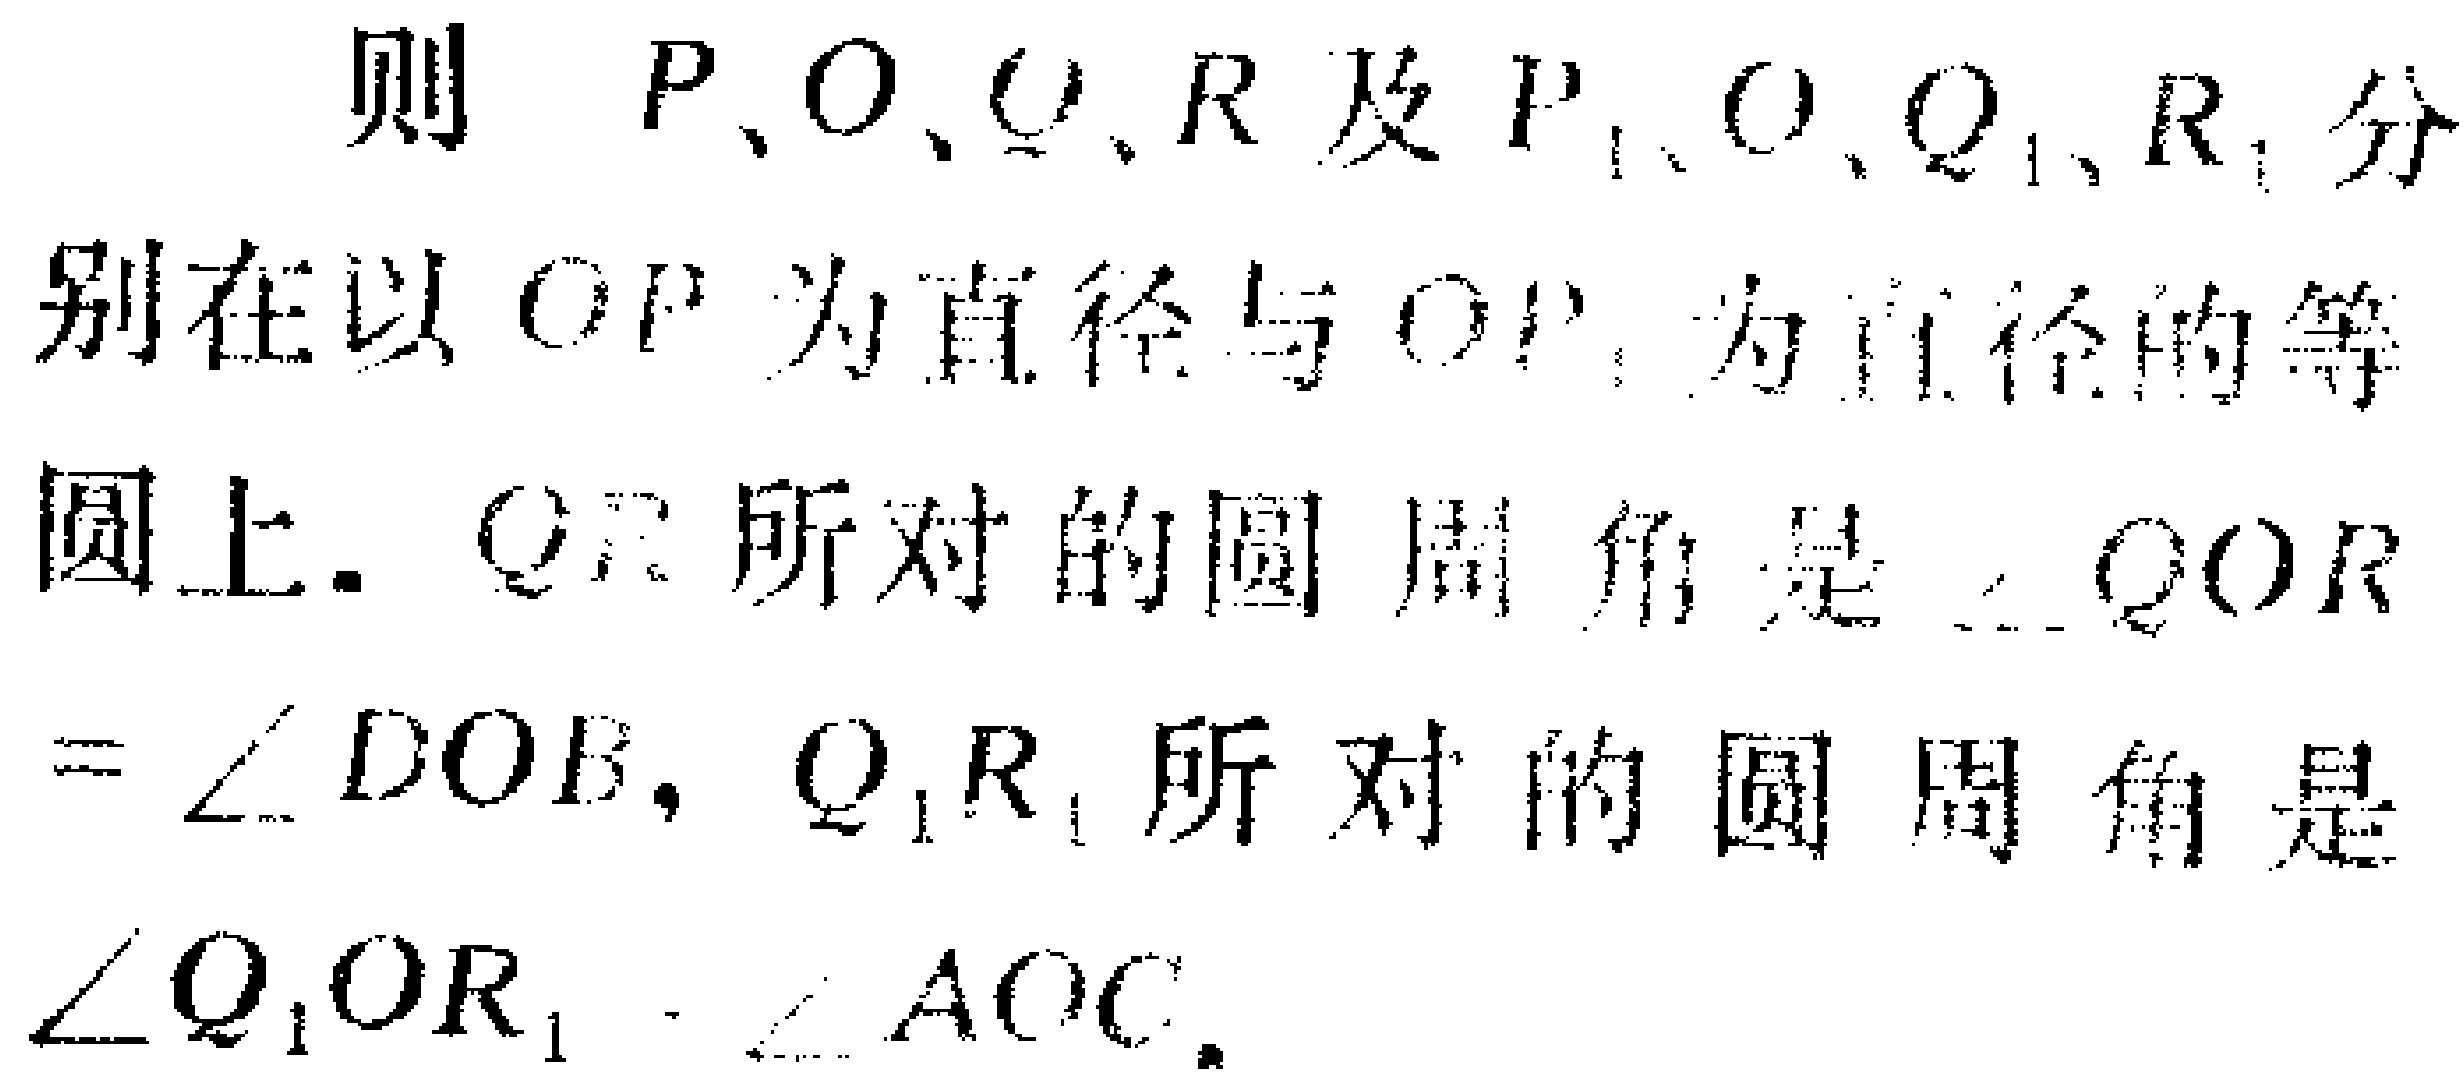
则 \(P,O,Q,R\) 及 \(P_1,O,Q_1,R_1\) 分别在以 \(OP\) 为直径与 \(OP_1\) 为直径的等圆上. \(QR\) 所对的圆周角是 \(\angle QOR\) \(=\angle DOB\), \(Q_1R_1\) 所对的圆周角是 \(\angle Q_1OR_1=\angle AOC\).